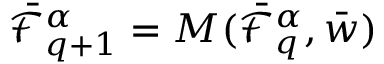
\bar { \mathcal { F } } _ { q + 1 } ^ { \alpha } = M ( \bar { \mathcal { F } } _ { q } ^ { \alpha } , \bar { w } )